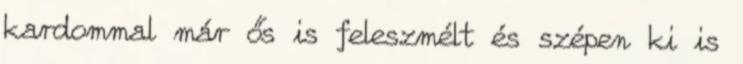
kardommal már ős is feleszmélt és szépen ki is